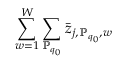
\sum _ { w = 1 } ^ { W } \sum _ { \mathbb { P } _ { q _ { 0 } } } \bar { z } _ { j , \mathbb { P } _ { q _ { 0 } } , w }